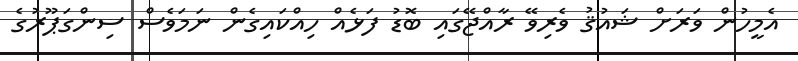
އެމީހުން ވަރަށް ޝައުޤު ވެރިވޭ ރާއްޖޭގައި ބޮޑު ފަޅެއް ހިއްކައިގެން ނަމަވެސް ސިންގަޕޫރުގެ